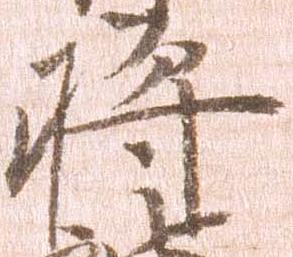
将